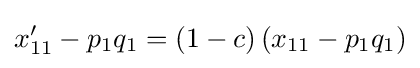
x_{11}'-p_{1}q_{1}=(1-c)\,(x_{11}-p_{1}q_{1})